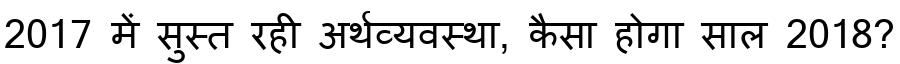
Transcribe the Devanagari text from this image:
2017 में सुस्त रही अर्थव्यवस्था, कैसा होगा साल 2018?